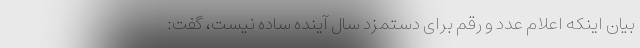
بیان اینکه اعلام عدد و رقم برای دستمزد سال آینده ساده نیست، گفت: